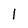
Character: l